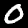
Digit: 0